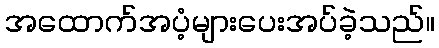
အထောက်အပံ့များပေးအပ်ခဲ့သည်။